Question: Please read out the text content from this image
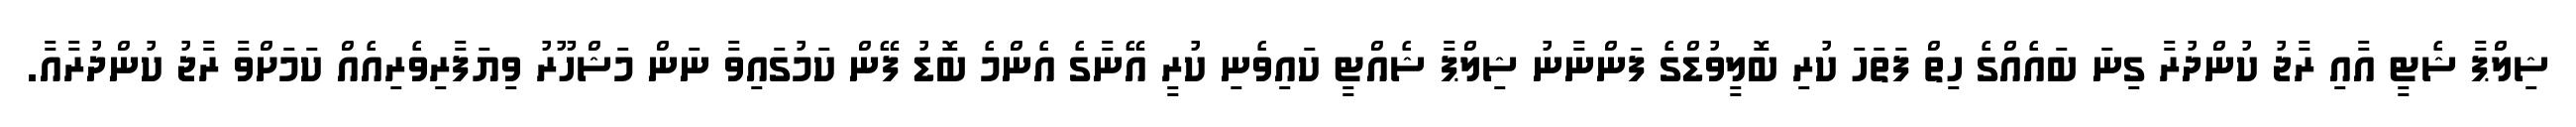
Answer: ޝިލްޕާ ޝެޓީ އާއި ރާޖު ކުންދުރާ ގިނަ ބައެއްގެ ހިތް ފަތަހަ ކުރި ބޮލީވުޑްގެ ފަންނާނު ޝިލްޕާ ޝެއްޓީ ކައިވެނި ކުރީ އޭނާގެ އެންމެ ބޮޑު ފޭން ކަމުގައިވާ ނަން މަޝްހޫރު ވިޔަފާރިވެރިއެއް ކަމަށްވާ ރާޖު ކުންދުރާއާ.